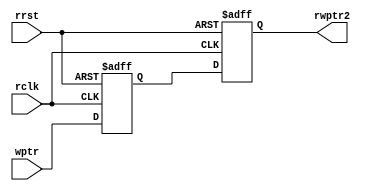
module sync_w2r #(parameter ADDRSIZE = 4)
	(
    output reg [ADDRSIZE:0] rwptr2,
	 
    input      [ADDRSIZE:0] wptr,
    input      rclk, rrst
    );

reg [ADDRSIZE:0] rwptr1;

always @(posedge rclk or posedge rrst) begin
    if (rrst) begin
        {rwptr2, rwptr1} <= 0;
    end
    else begin
        {rwptr2, rwptr1} <= {rwptr1, wptr};
    end
end

endmodule